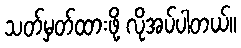
သတ်မှတ်ထားဖို့ လိုအပ်ပါတယ်။